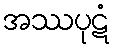
အဿပုဋံ